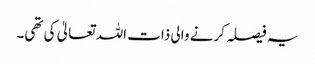
یہ فیصلہ کرنے والی ذات اللہ تعالیٰ کی تھی۔